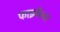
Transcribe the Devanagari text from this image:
फाइनैन्जर